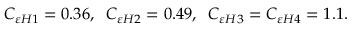
C _ { \varepsilon H 1 } = 0 . 3 6 , \; \; C _ { \varepsilon H 2 } = 0 . 4 9 , \; \; C _ { \varepsilon H 3 } = C _ { \varepsilon H 4 } = 1 . 1 .